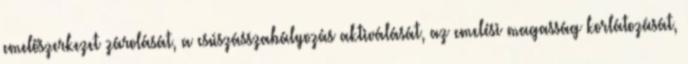
emelőszerkezet zárolását, a csúszásszabályozás aktiválását, az emelési magasság korlátozását,